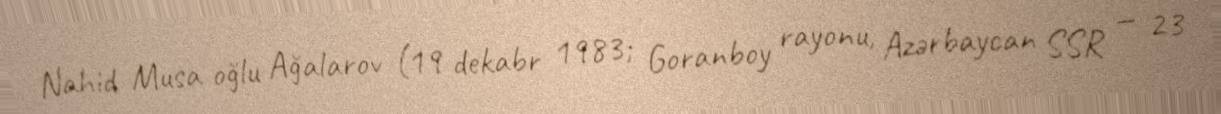
Nahid Musa oğlu Ağalarov (19 dekabr 1983; Goranboy rayonu, Azərbaycan SSR — 23